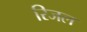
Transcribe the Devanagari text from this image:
रिजल